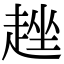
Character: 趖